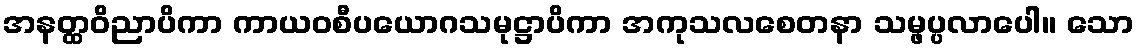
အနတ္ထဝိညာပိကာ ကာယဝစီပယောဂသမုဋ္ဌာပိကာ အကုသလစေတနာ သမ္ဖပ္ပလာပေါ။ သော